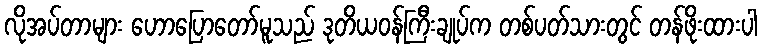
လိုအပ်တာများ ဟောပြောတော်မူသည် ဒုတိယဝန်ကြီးချုပ်က တစ်ပတ်သားတွင် တန်ဖိုးထားပါ